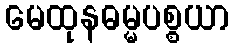
မေထုနဓမ္မပစ္စယာ